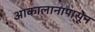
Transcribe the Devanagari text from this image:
आकालानापासून